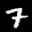
Label: 7